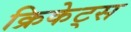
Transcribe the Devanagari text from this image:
क्रिकेट्स